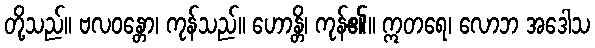
တို့သည်။ ဗလဝန္တော၊ ကုန်သည်။ ဟောန္တိ၊ ကုန်၏။ ဣတရေ၊ လောဘ အဒေါသ